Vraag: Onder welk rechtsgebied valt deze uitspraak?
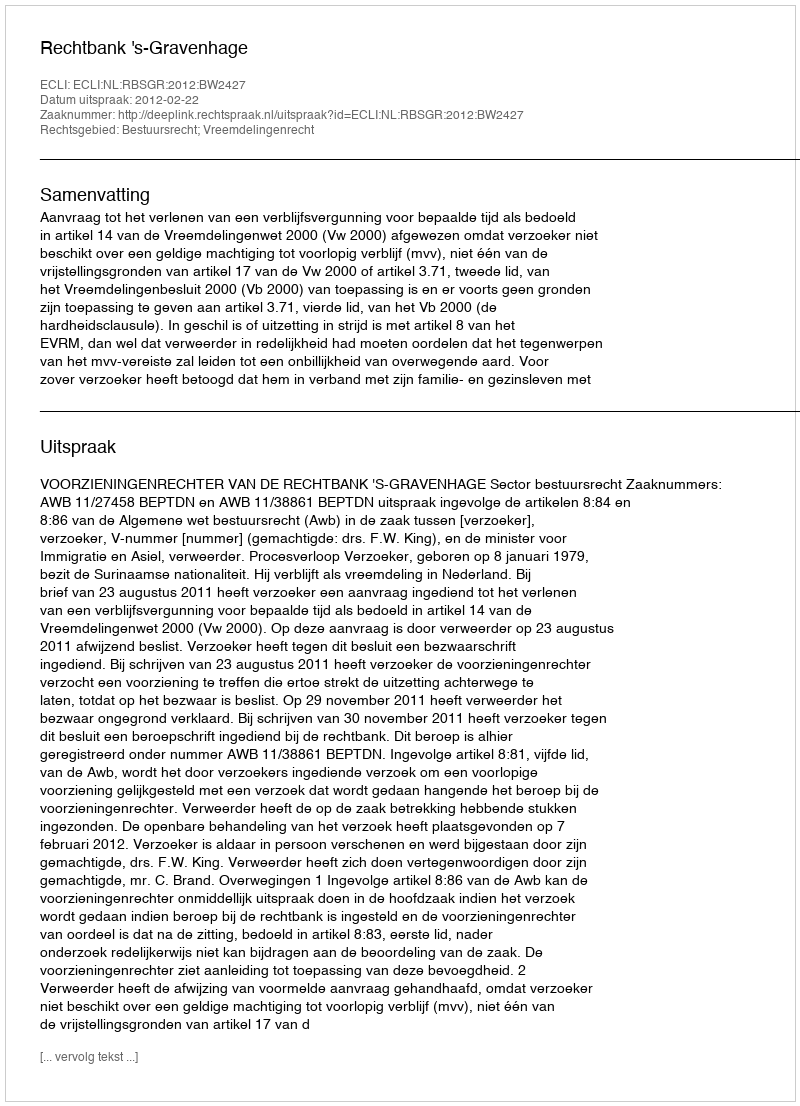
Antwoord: Bestuursrecht; Vreemdelingenrecht